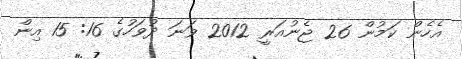
އެހެން ކަމުން 26 ޖެނުއަރީ 2012 ވަނަ ދުވަހުގެ 16: 15 އިން